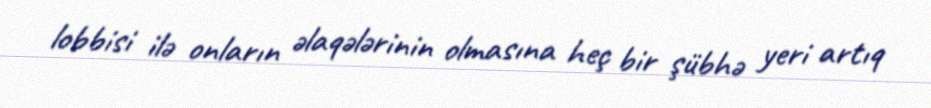
lobbisi ilə onların əlaqələrinin olmasına heç bir şübhə yeri artıq